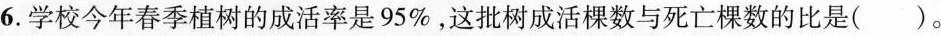
6.学校今年春季植树的成活率是95%，这批树成活棵数与死亡棵数的比是( )。